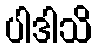
ပါဒါသိ